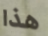
هذا